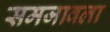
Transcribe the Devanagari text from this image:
समजावला